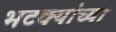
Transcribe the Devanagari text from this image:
भटक्यांच्या